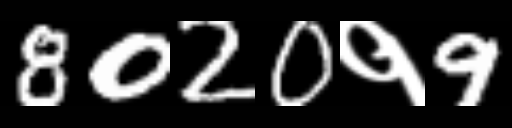
Text: 8020१9